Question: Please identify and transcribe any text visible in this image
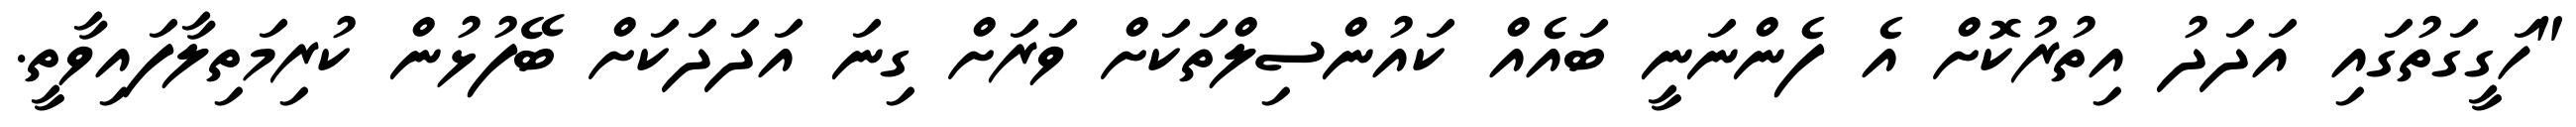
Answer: "ހަގީގަތުގައި އަދަދު އިތުރުކޮށް އެ ފެންނަނީ ބައެއް ކައުންސިލްތަކަށް ވަރަށް ގިނަ އަދަދަކަށް ބޭފުޅުން ކުރިމަތިލާފައިވާތީ.